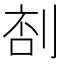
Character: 𠝒